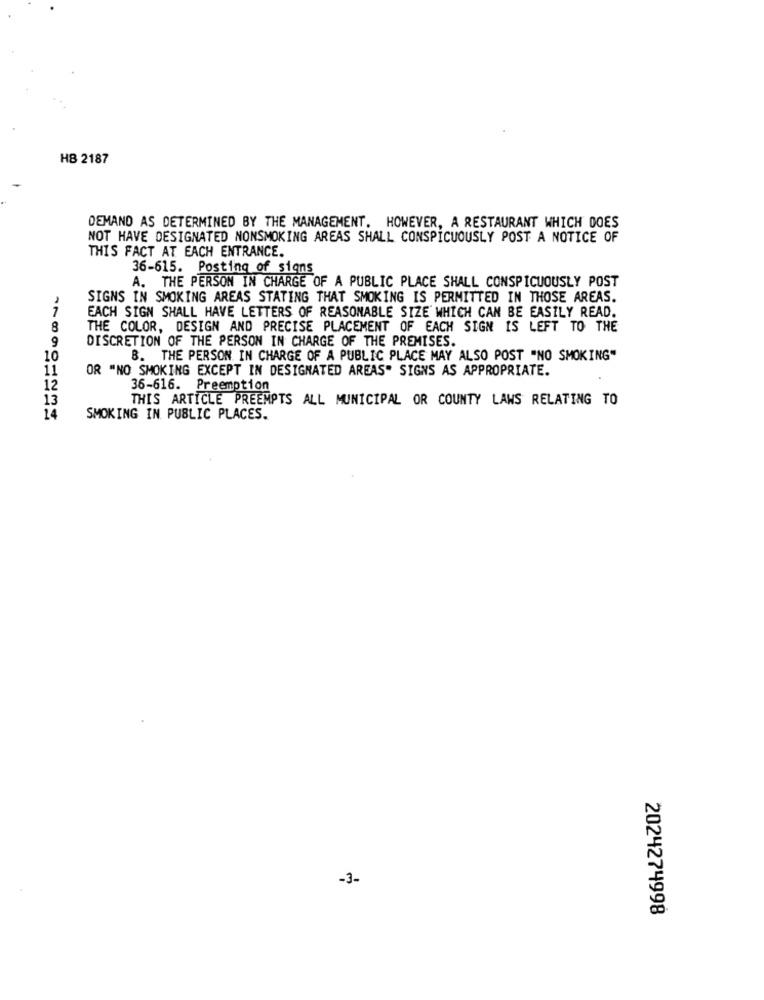
HB 2187
DEMAND AS DETERMINED BY THE MANAGEMENT. HOWEVER, A RESTAURANT WHICH DOES
NOT HAVE DESIGNATED NONSMOKING AREAS SHALL CONSPICUOUSLY POST A NOTICE OF
THIS FACT AT EACH ENTRANCE.
36-615. Posting of signs
A. THE PERSON IN CHARGE OF A PUBLIC PLACE SHALL CONSPICUOUSLY POST
SIGNS IN SMOKING AREAS STATING THAT SMOKING IS PERMITTED IN THOSE AREAS.
7
EACH SIGN SHALL HAVE LETTERS OF REASONABLE SIZE WHICH CAN BE EASILY READ.
8
THE COLOR, DESIGN AND PRECISE PLACEMENT OF EACH SIGN IS LEFT TO THE
DISCRETION OF THE PERSON IN CHARGE OF THE PREMISES.
9
10
B. THE PERSON IN CHARGE OF A PUBLIC PLACE MAY ALSO POST "NO SMOKING"
11
OR "NO SMOKING EXCEPT IN DESIGNATED AREAS" SIGNS AS APPROPRIATE.
12
36-616. Preemption
13
THIS ARTICLE PREEMPTS ALL MUNICIPAL OR COUNTY LAWS RELATING TO
14
SMOKING IN PUBLIC PLACES.
-3-
2024274998